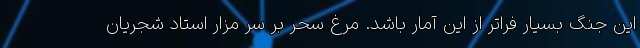
این جنگ بسیار فراتر از این آمار باشد. مرغ سحر بر سر مزار استاد شجریان